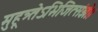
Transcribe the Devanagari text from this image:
मुहूत्र्तेऽभिजित्संज्ञे।।